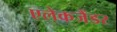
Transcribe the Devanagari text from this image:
एलेकजैंडर